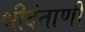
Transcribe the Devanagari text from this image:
श्रीदंताणी